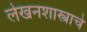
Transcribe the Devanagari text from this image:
लेखनशास्त्राचे